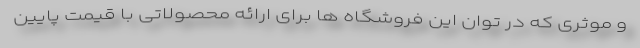
و موثری که در توان این فروشگاه ها برای ارائه محصولاتی با قیمت پایین